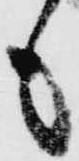
も